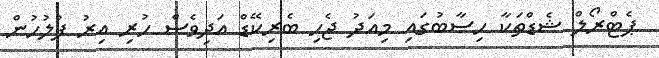
ޕެޓްރޯލް ޝެޑްތަކާ ހިސާބުގައި މިއަދު ޖެހި ބެރިކޭޑް އަދިވެސް ހުރި އިރު ފުލުހުން